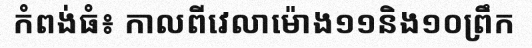
កំពង់ធំ៖ កាលពីវេលាម៉ោង១១និង១០ព្រឹក